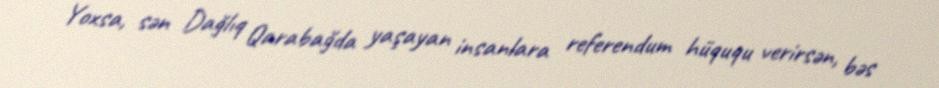
Yoxsa, sən Dağlıq Qarabağda yaşayan insanlara referendum hüququ verirsən, bəs